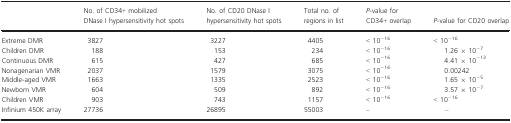
<table><thead><tr><td>[EMPTY_CELL]</td><td><b>No. of CD34+ mobilized DNase I hypersensitivity hot spots</b></td><td><b>No. of CD20 DNase I hypersensitivity hot spots</b></td><td><b>Total no. of regions in list</b></td><td><b><i>P</i>-value for CD34+ overlap</b></td><td><b><i>P</i>-value for CD20 overlap</b></td></tr></thead><tbody><tr><td>Extreme DMR</td><td>3827</td><td>3227</td><td>4405</td><td>&lt; 10<sup>−16</sup></td><td>&lt; 10<sup>−16</sup></td></tr><tr><td>Children DMR</td><td>188</td><td>153</td><td>234</td><td>&lt; 10<sup>−16</sup></td><td>1.26 × 10<sup>−7</sup></td></tr><tr><td>Continuous DMR</td><td>615</td><td>427</td><td>685</td><td>&lt; 10<sup>−16</sup></td><td>4.41 × 10<sup>−13</sup></td></tr><tr><td>Nonagenarian VMR</td><td>2037</td><td>1579</td><td>3075</td><td>&lt; 10<sup>−16</sup></td><td>0.00242</td></tr><tr><td>Middle-aged VMR</td><td>1663</td><td>1335</td><td>2523</td><td>&lt; 10<sup>−16</sup></td><td>1.65 × 10<sup>−5</sup></td></tr><tr><td>Newborn VMR</td><td>604</td><td>509</td><td>892</td><td>&lt; 10<sup>−16</sup></td><td>3.57 × 10<sup>−7</sup></td></tr><tr><td>Children VMR</td><td>903</td><td>743</td><td>1157</td><td>&lt; 10<sup>−16</sup></td><td>&lt; 10<sup>−16</sup></td></tr><tr><td>Infinium 450K array</td><td>27736</td><td>26895</td><td>55003</td><td>–</td><td>–</td></tr></tbody></table>